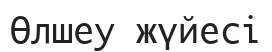
Өлшеу жүйесі